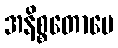
အနိစ္စတောပေ